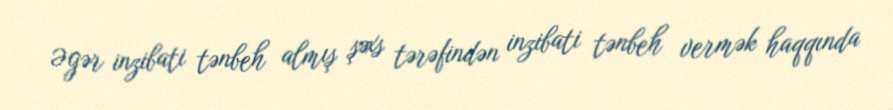
Əgər inzibati tənbeh almış şəxs tərəfindən inzibati tənbeh vermək haqqında